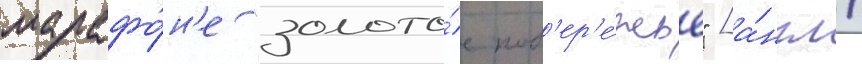
марафо́н'е "золото́е поб'ер'е́жье" [а́нгл.